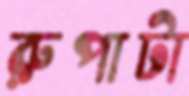
রুপাটা